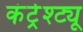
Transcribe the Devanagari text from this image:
कंट्रेश्ट्यू